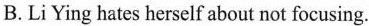
B.Li Ying hates herself about not focusing.